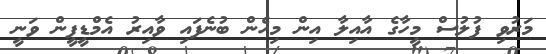
މަރުވި ފުލުސް މީހާގެ އާއިލާ އިން މިހެން ބުނެފައި ވާއިރު އެމްޑީޕީން ވަނީ